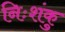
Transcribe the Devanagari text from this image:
निःशंकु